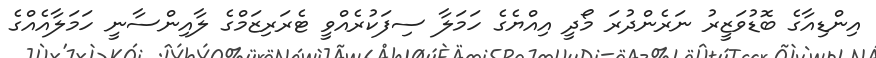
އިންޑިއާގެ ބޮޑުވަޒީރު ނަރެންދުރަ މޯދީ އިއްޔެގެ ހަމަލާ ސިފަކުރެއްވީ ޓެރަރިޒަމްގެ ލާއިންސާނީ ހަމަލާއެއްގެ